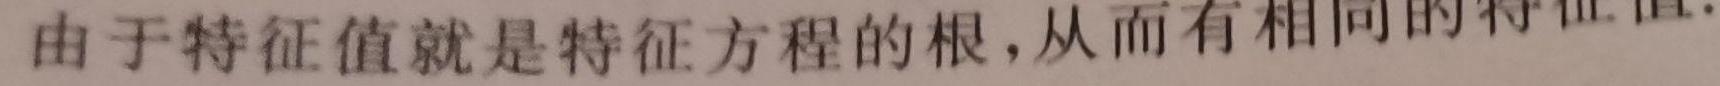
由于特征值就是特征方程的根，从而有相同的特征值.